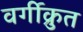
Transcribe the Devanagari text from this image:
वर्गीक्रुत